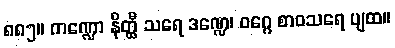
၈၈၅။ ကဏ္ဍော နိတ္ထီ သရေ ဒဏ္ဍေ၊ ဝဂ္ဂေ စာဝသရေ ပျထ။